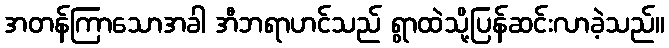
အတန်ကြာသောအခါ အီဘရာဟင်သည် ရွာထဲသို့ပြန်ဆင်းလာခဲ့သည်။